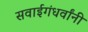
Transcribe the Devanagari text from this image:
सवाईगंधर्वांनी